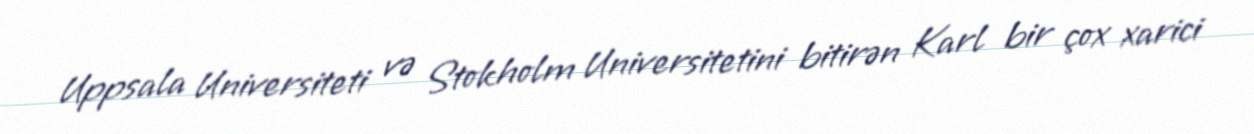
Uppsala Universiteti və Stokholm Universitetini bitirən Karl bir çox xarici